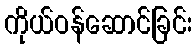
ကိုယ်ဝန်ဆောင်ခြင်း